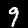
Digit: 9